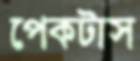
পেকটাস